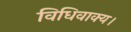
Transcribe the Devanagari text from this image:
विधिवाक्य।